Leningradi_Edasi_toimetus, lk 93
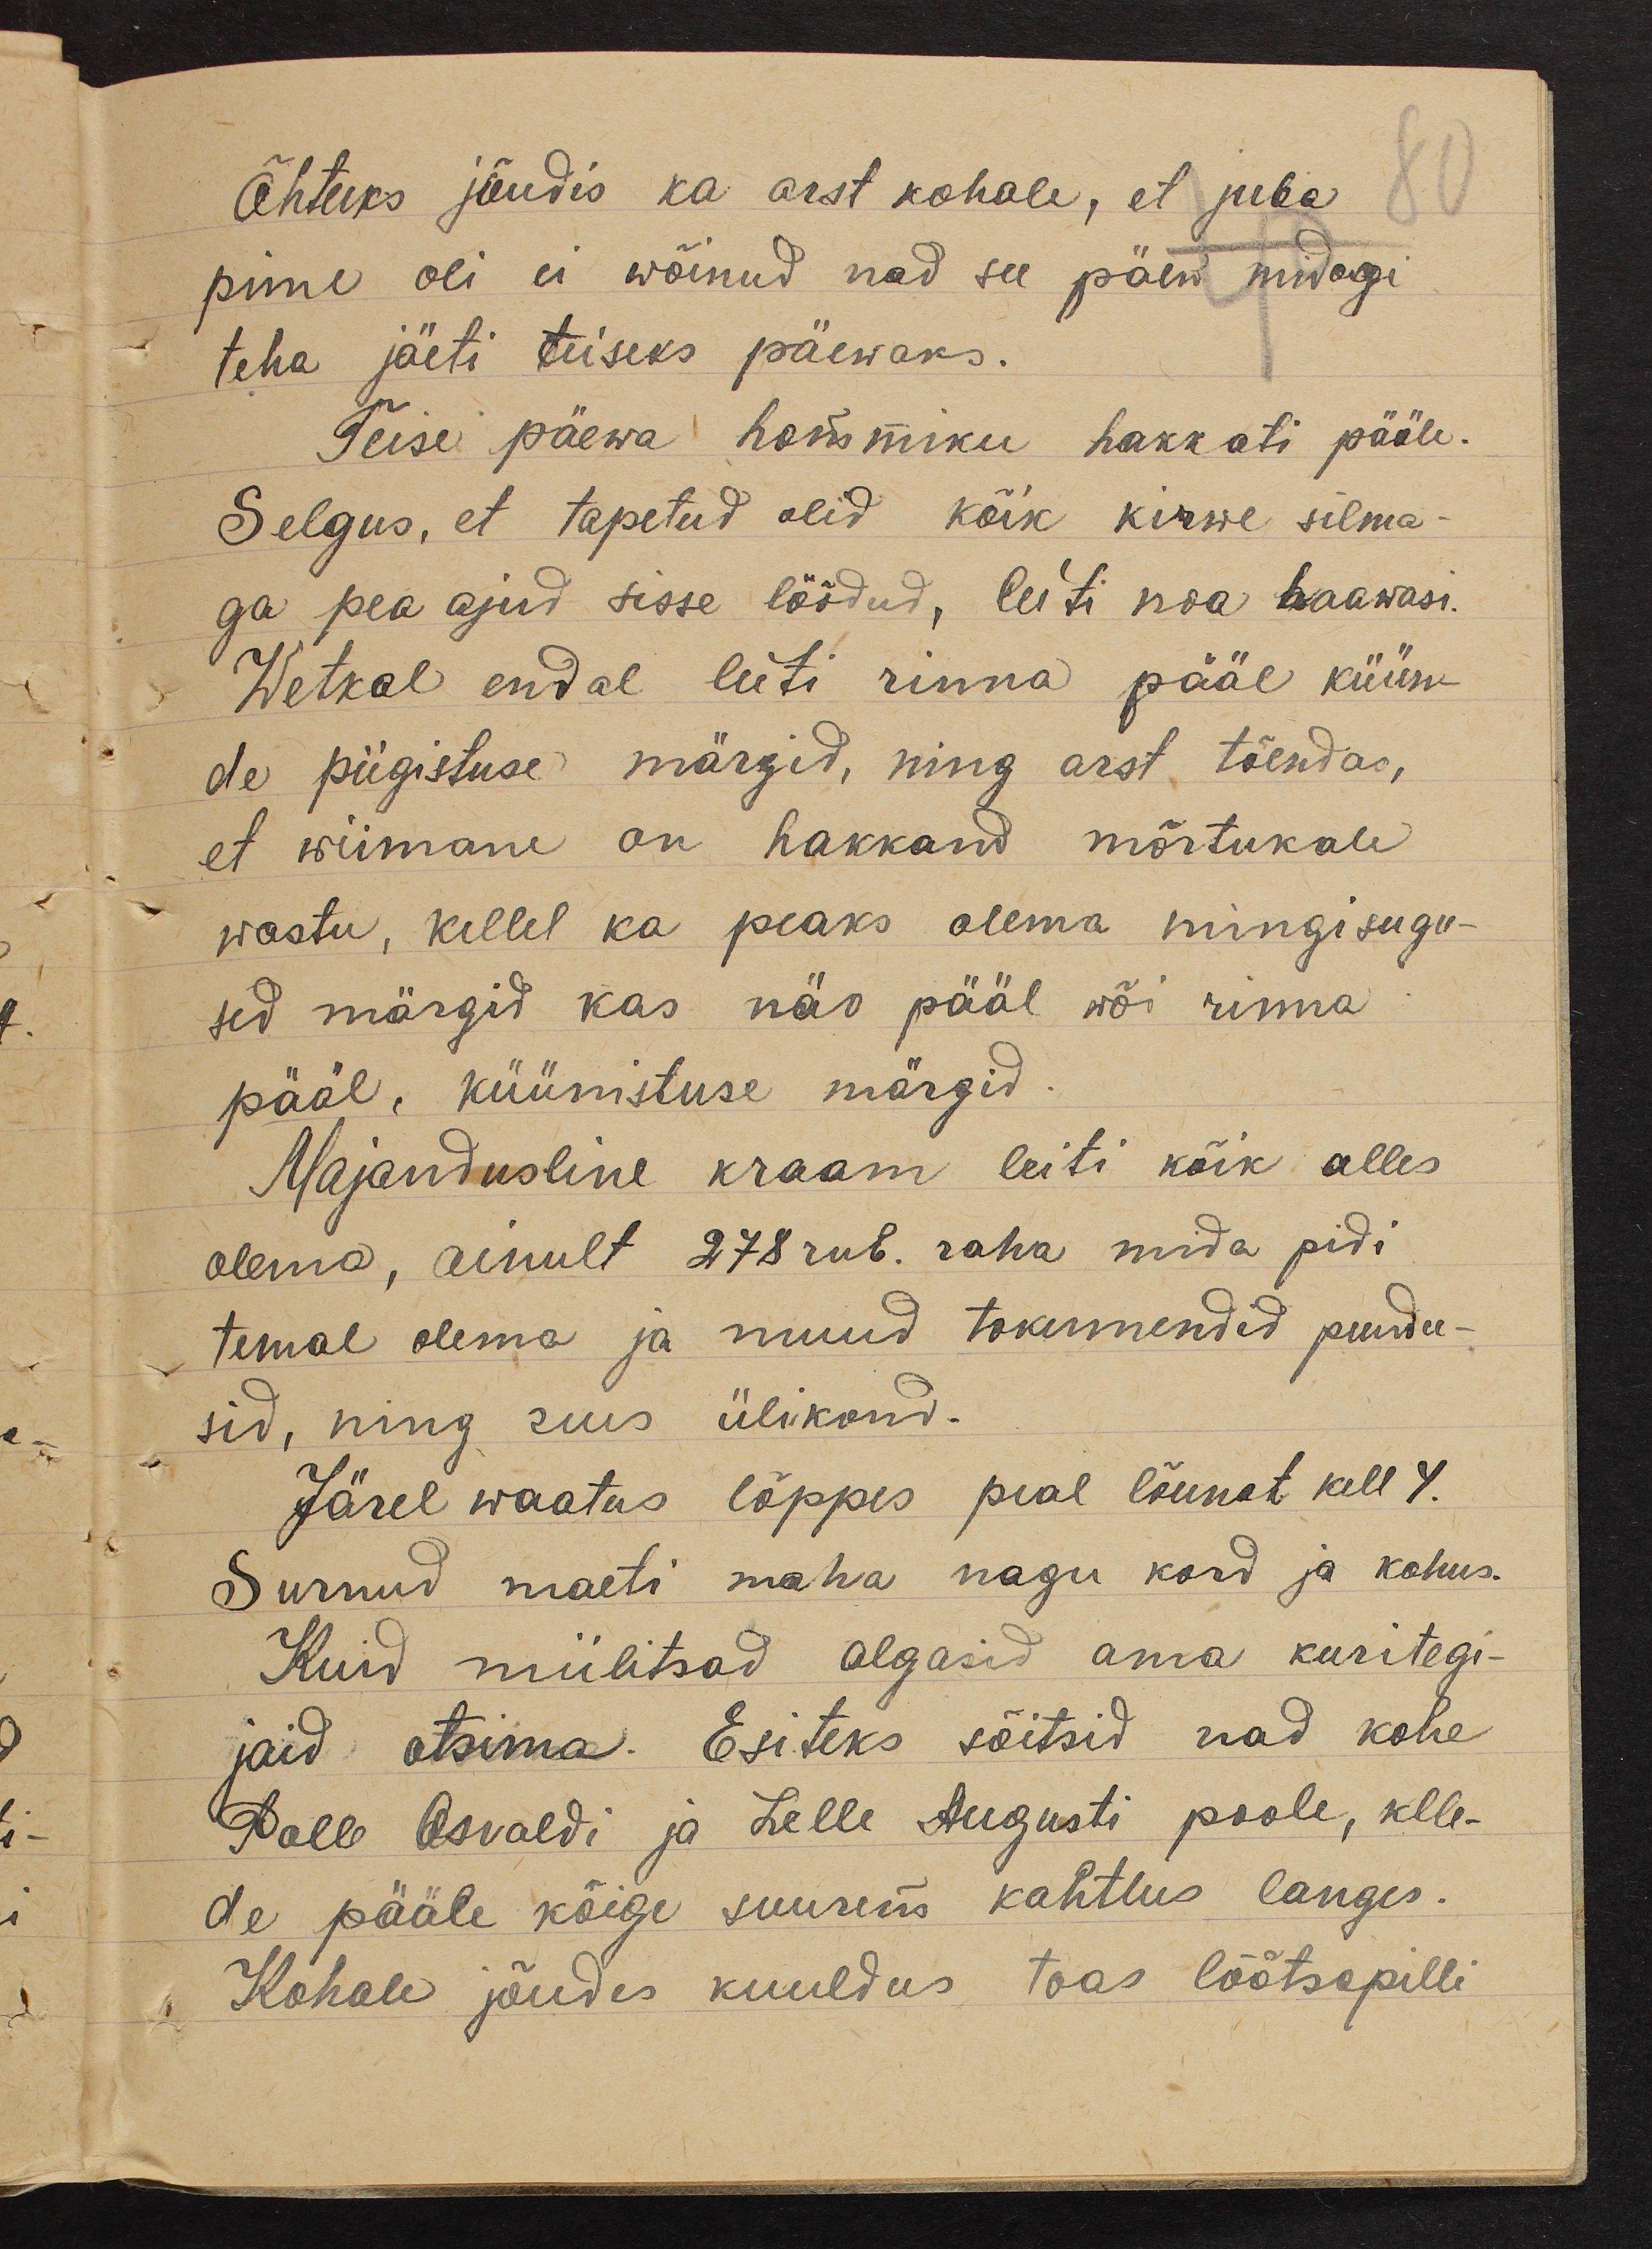
80

Õhtuks jõudis ka arst kohale, et juba
pime oli ei wõinud nad see päew midagi
teha jäeti teiseks päewaks.
Teise päewa hommiku hakkati pääle.
Selgus, et tapetud olid kõik kirwe silma-
ga pea ajud sisse löödud, leiti noa haawasi.
Wetkal endal leiti rinna pääl küün-
de piigistuse märgid, ning arst tõendas,
et wiimane on hakkand mõrtukale
wastu, kellel ka peaks olema mingisugu-
sed märgid kas näo pääl wõi rinna
pääl, küünistuse märgid.
Majandusline kraam leiti kõik alles
olema, ainult 278 rub. raha mida pidi
temal olema ja muud tokumendid puudu-
sid, ning uus ülikond.
Järel waatus lõppes peal lõunat kell 4.
Surnud maeti maha nagu kord ja kohus.
Kuid miilitsad algasid oma kuritegi-
jaid otsima. Esiteks sõitsid nad kohe
Polle Osvaldi ja Lelle Augusti poole, klle-
de pääle kõige suurem kahtlus langes.
Kohale jõudes kuuldus toas lõõtsapilli